Sketch of the medical history of the native army of Bombay, for the year
Year: 1875
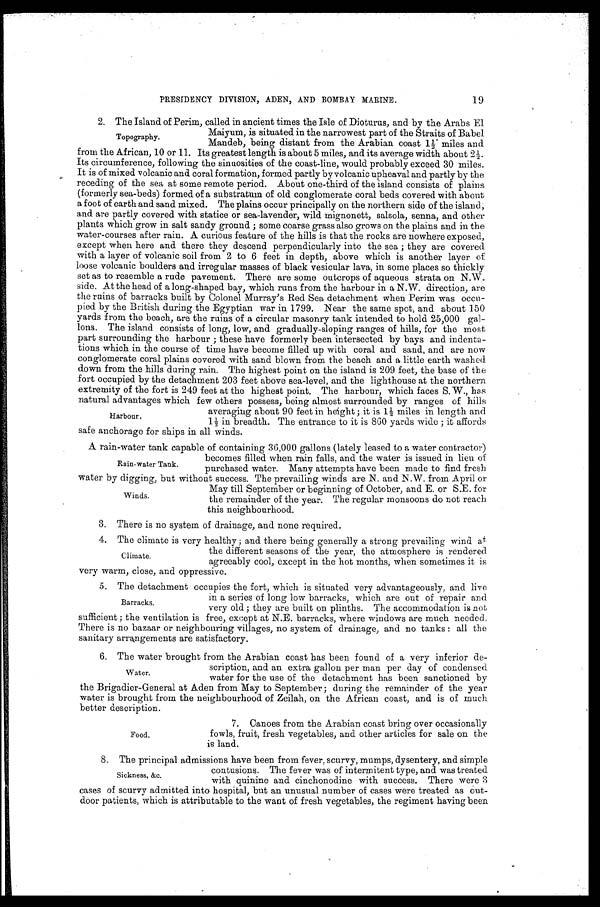
19
PRESIDENCY DIVISION, ADEN, AND BOMBAY MARINE.
2. The Island of Perim. called in ancient times the Isle of Dioturus, and by the Arabs El
Maiyum, is situated in the narrowest part of the Straits of Babel
Mandeb, being distant from the Arabian coast 1½ miles and
from the African, 10 or 11. Its greatest length is about 5 miles, and its average width about
Its circumference, following the sinuosities of the coast-line, would probably exceed 30 miles.
It is of mixed volcanic and coral formation, formed partly by volcanic upheaval and partly by the
receding of the sea at some remote period. About one-third of the island consists of plains
(formerly sea-beds) formed of a substratum of old conglomerate coral beds covered with about
a foot of earth and sand mixed. The plains occur principally on the northern side of the island;
and are partly covered with statice or sea-lavender, wild mignonett, salsola, senna, and other
plants which grow in salt sandy ground ; some coarse grass also grows on the plains and in the
water-courses after rain. A curious feature of the hills is that the rocks are nowhere exposed,
except when here and there they descend perpendicularly into the sea ; they are covered
with a layer of volcanic soil from 2 to 6 feet in depth, above which is another layer of
loose volcanic boulders and irregular masses of black vesicular lava, in some places so thickly
set as to resemble a rude pavement. There are some outcrops of aqueous strata on N.W.
side. At the head of a long-shaped bay, which runs from the harbour in a N.W. direction, are
the rains of barracks built by Colonel Murray's Red Sea detachment when Perim was occu
-pied by the British during the Egyptian war in 1799. Near the same spot, and about 150
yards from the beach, are the ruins of a circular masonry tank intended to hold 25,000 gal
-lons. The island consists of long, low, and gradually-sloping ranges of hills, for the most
part surrounding the harbour ; these have formerly been intersected by bays and indenta
-tions which in the course of time have become filled up with coral and sand, and are now
conglomerate coral plains covered with sand blown from the beach and a little earth washed
down from the hills during rain. The highest point on the island is 209 feet, the base of the
fort occupied by the detachment 203 feet above sea-level, and the lighthouse at the northern
extremity of the fort is 249 feet at the highest point. The harbour, which faces S. W., has
natural advantages which few others possess, being almost surrounded by ranges of hills
averaging about 90 feet in height ; it is 1½ miles in length and
1½ in breadth. The entrance to it is 860 yards wide ; it affords
safe anchorage for ships in all winds.
A rain-water tank capable of containing 36,000 gallons (lately leased to a water contractor)
becomes filled when rain falls, and the water is issued in lieu of
purchased water. Many attempts have been made to find fresh
water by digging, but without success. The prevailing winds are N. and N.W. from April or
May till September or beginning of October, and E. or S.E. for
the remainder of the year. The regular monsoons do not reach
this neighbourhood.
3. There is no system of drainage, and none required.
4. The climate is very healthy ; and there being generally a strong prevailing wind at
the different seasons of the year, the atmosphere is rendered
agreeably cool, except in the hot months, when sometimes it is
very warm, close, and oppressive.
5. The detachment occupies the fort, which is situated very advantageously, and live
in a series of long low barracks, which are out of repair and
very old ; they are built on plinths. The accommodation is not
sufficient ; the ventilation is free, except at N.E. barracks, where windows are much needed.
There is no bazaar or neighbouring villages, no system of drainage, and no tanks : all the
sanitary arrangements are satisfactory.
6. The water brought from the Arabian coast has been found of a very inferior de
-
scription, and an extra gallon per man per day of condensed
water for the use of the detachment has been sanctioned by
the Brigadier-General at Aden from May to September ; during the remainder of the year
water is brought from the neighbourhood of Zeilah, on the African coast, and is of much
better description.
7. Canoes from the Arabian coast bring over occasionally
fowls, fruit, fresh vegetables, and other articles for sale on the
is land.
Topography.
Harbour.
Rain-water Tank.
Winds.
Climate.
Barracks.
Water.
Food.
8. The principal admissions have been from fever, scurvy, mumps, dysentery, and simple
contusions. The fever was of intermitent type, and was treated
with quinine and cinchonodine with success. There were 3
cases of scurvy admitted into hospital, but an unusual number of cases were treated as out -
door patients, which is attributable to the want of fresh vegetables, the regiment having been
Sickness, &c.